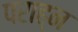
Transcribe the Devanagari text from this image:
पराह्न